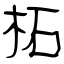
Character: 柘